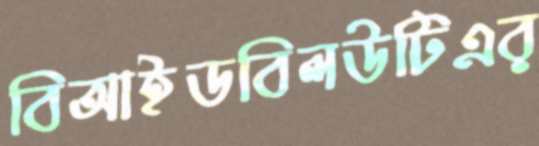
বিআইডবিলউটিএর